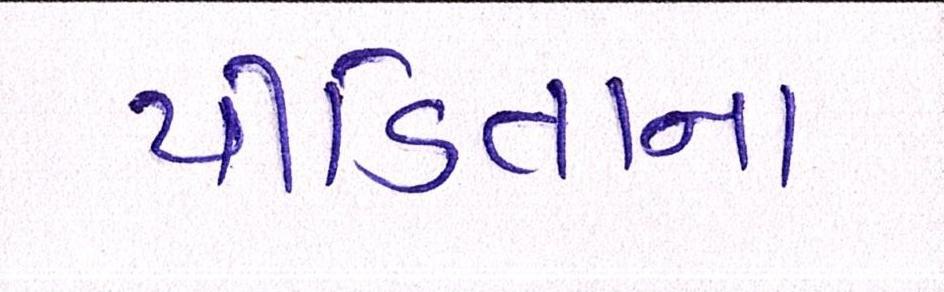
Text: પીડિતાના